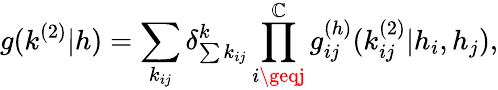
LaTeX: g(k^{(2)}|h)=\sum_{k_{ij}}\delta_{\sum{k_{ij}}}^{k}\prod_{i\geqj}^{\mathbb{C}}g_{ij}^{(h)}(k_{ij}^{(2)}|h_{i},h_{j}),